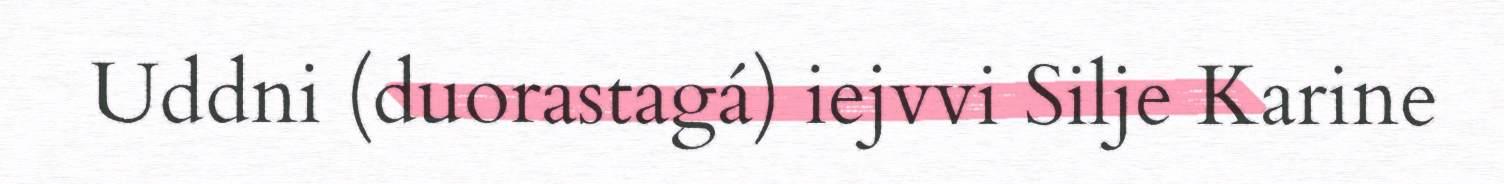
Uddni (duorastagá) iejvvi Silje Karine